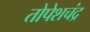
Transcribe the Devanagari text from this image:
तोपेशचंद्र